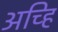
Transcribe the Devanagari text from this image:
अच्हि